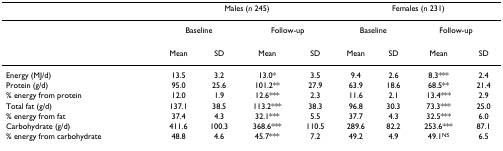
<table><thead><tr><td></td><td colspan="4"><b>Males (<i>n </i>245)</b></td><td colspan="4"><b>Females (<i>n </i>231)</b></td></tr></thead><tbody><tr><td></td><td colspan="2">Baseline</td><td colspan="2">Follow-up</td><td colspan="2">Baseline</td><td colspan="2">Follow-up</td></tr><tr><td></td><td>Mean</td><td>SD</td><td>Mean</td><td>SD</td><td>Mean</td><td>SD</td><td>Mean</td><td>SD</td></tr><tr><td>Energy (MJ/d)</td><td>13.5</td><td>3.2</td><td>13.0*</td><td>3.5</td><td>9.4</td><td>2.6</td><td>8.3***</td><td>2.4</td></tr><tr><td>Protein (g/d)</td><td>95.0</td><td>25.6</td><td>101.2**</td><td>27.9</td><td>63.9</td><td>18.6</td><td>68.5**</td><td>21.4</td></tr><tr><td>% energy from protein</td><td>12.0</td><td>1.9</td><td>12.6***</td><td>2.3</td><td>11.6</td><td>2.1</td><td>13.4***</td><td>2.9</td></tr><tr><td>Total fat (g/d)</td><td>137.1</td><td>38.5</td><td>113.2***</td><td>38.3</td><td>96.8</td><td>30.3</td><td>73.3***</td><td>25.0</td></tr><tr><td>% energy from fat</td><td>37.4</td><td>4.3</td><td>32.1***</td><td>5.5</td><td>37.7</td><td>4.3</td><td>32.5***</td><td>6.0</td></tr><tr><td>Carbohydrate (g/d)</td><td>411.6</td><td>100.3</td><td>368.6***</td><td>110.5</td><td>289.6</td><td>82.2</td><td>253.6***</td><td>87.1</td></tr><tr><td>% energy from carbohydrate</td><td>48.8</td><td>4.6</td><td>45.7***</td><td>7.2</td><td>49.2</td><td>4.9</td><td>49.1<sup>NS</sup></td><td>6.5</td></tr></tbody></table>